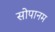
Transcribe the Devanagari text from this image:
सोपानम